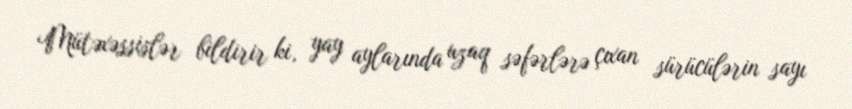
Mütəxəssislər bildirir ki, yay aylarında uzaq səfərlərə çıxan sürücülərin sayı